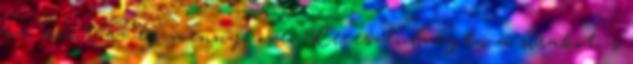
az, mint az ég mennyköve. Keresztülvágta a sisakot, s